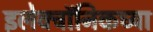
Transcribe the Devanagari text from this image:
इलेक्ट्रॉनिकच्या